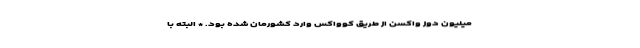
میلیون دوز واکسن از طریق کوواکس وارد کشورمان شده بود. * البته با